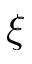
\xi